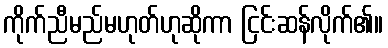
ကိုက်ညီမည်မဟုတ်ဟုဆိုကာ ငြင်းဆန်လိုက်၏။